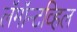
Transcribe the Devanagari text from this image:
लॅमॉन्टव्हिल